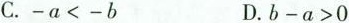
C.$$-a<-b $$D.$$b-a>0$$